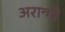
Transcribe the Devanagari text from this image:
अरान्गो